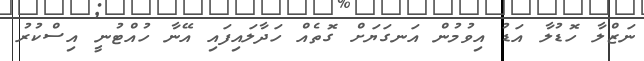
ނަޒްލާ ހޮޑުލާ އަޑު އިވުމުން އަނގަޔަށް ގޮތެއް ހަދާލައިފައި އޭނާ ހުއްޓުނީ އިސްކުރު